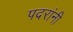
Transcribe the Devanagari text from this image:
पदरांनी